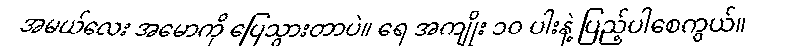
အမယ်လေး အမောကို ပြေသွားတာပဲ။ ရေ အကျိုး ၁၀ ပါးနဲ့ ပြည့်ပါစေကွယ်။